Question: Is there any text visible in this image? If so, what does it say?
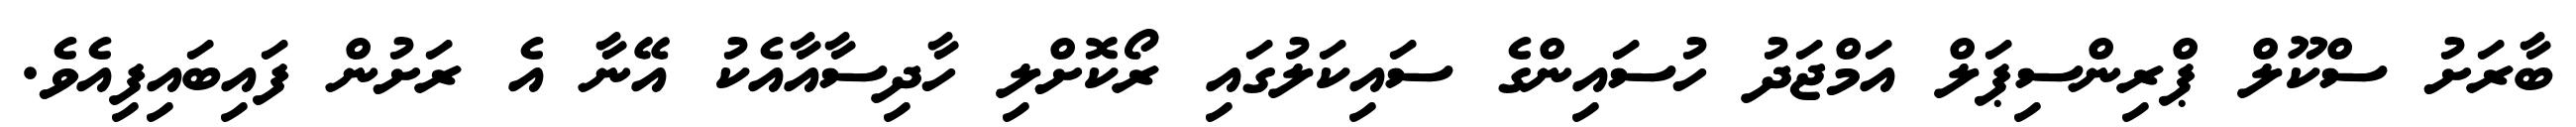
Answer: ބާރަށު ސްކޫލް ޕްރިންސިޕަލް އަމްޖަދު ހުސައިންގެ ސައިކަލުގައި ރޯކޮށްލި ހާދިސާއާއެކު އޭނާ އެ ރަށުން ފައިބައިފިއެވެ.